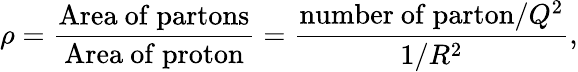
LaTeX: \rho=\frac{\mathrm{Area~of~partons}}{\mathrm{Area~of~proton}}=\frac{\mathrm{number~of~parton}/Q^{2}}{1/R^{2}},